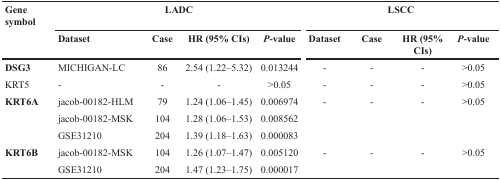
| Gene symbol | <COLSPAN=4> LADC | <COLSPAN=4> LSCC |
 |  | Dataset | Case | HR (95% CIs) | P-value | Dataset | Case | HR (95% CIs) | P-value |
 | --- | --- | --- | --- | --- | --- | --- | --- | --- |
 | DSG3 | MICHIGAN-LC | 86 | 2.54 (1.22-5.32) | 0.013244 | - | - | - | >0.05 |
 | KRT5 | - | - | - | >0.05 | - | - | - | >0.05 |
 | KRT6A | jacob-00182-HLM | 79 | 1.24 (1.06–1.45) | 0.006974 | - | - | - | >0.05 |
 |  | jacob-00182-MSK | 104 | 1.28 (1.06–1.53) | 0.008562 |  |  |  |  |
 |  | GSE31210 | 204 | 1.39 (1.18–1.63) | 0.000083 |  |  |  |  |
 | KRT6B | jacob-00182-MSK | 104 | 1.26 (1.07–1.47) | 0.005120 | - | - | - | >0.05 |
 |  | GSE31210 | 204 | 1.47 (1.23–1.75) | 0.000017 |  |  |  |  |